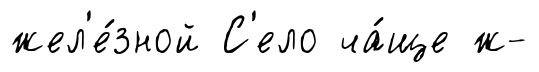
жел'е́зной С'ело ча́ще ж-